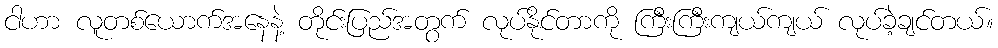
ငါဟာ လူတစ်ယောက်အနေနဲ့ တိုင်းပြည်အတွက် လုပ်နိုင်တာကို ကြီးကြီးကျယ်ကျယ် လုပ်ခဲ့ချင်တယ်။